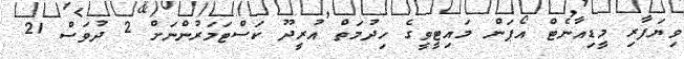
ވިޔަފާރި މީޑިއާނެޓް އޯޕަން މައިޓީވީގެ ހިދުމަތް އުރީދޫ ކަސްޓަމަރުންނަށް 2 ދުވަސް 21